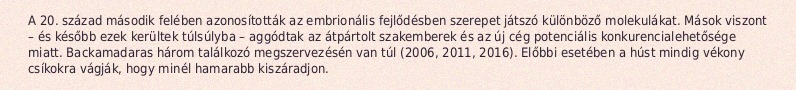
A 20. század második felében azonosították az embrionális fejlődésben szerepet játszó különböző molekulákat. Mások viszont – és később ezek kerültek túlsúlyba – aggódtak az átpártolt szakemberek és az új cég potenciális konkurencialehetősége miatt. Backamadaras három találkozó megszervezésén van túl (2006, 2011, 2016). Előbbi esetében a húst mindig vékony csíkokra vágják, hogy minél hamarabb kiszáradjon.